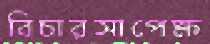
বিচারসাপেক্ষ